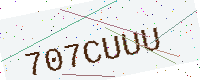
Text: 707CUUU